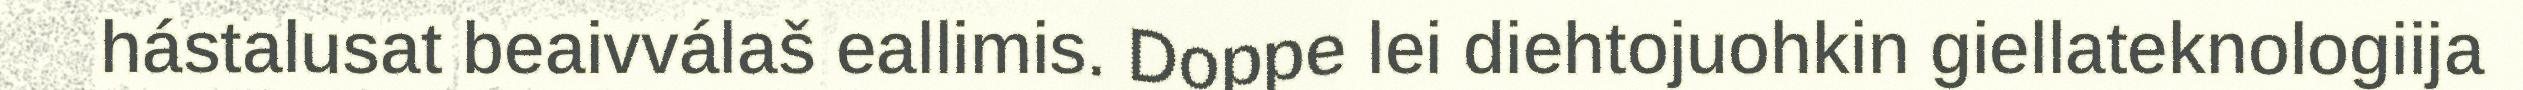
hástalusat beaivválaš eallimis. Doppe lei diehtojuohkin giellateknologiija